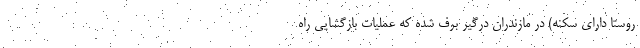
روستا دارای سکنه) در مازندران درگیر برف شده که عملیات بازگشایی راه